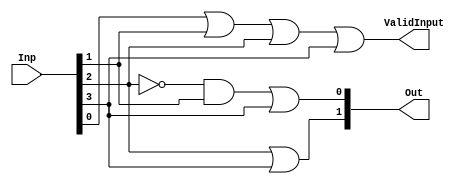
`timescale 1ns / 1ps
//////////////////////////////////////////////////////////////////////////////////
// Company: 
// Engineer: 
// 
// Design Name: 
// Module Name: top_priorityencoder
// Project Name: 
// Target Devices: 
// Tool Versions: 
// Description: 
// 
// Dependencies: 
// 
// Revision:
// Revision 0.01 - File Created
// Additional Comments:
// 
//////////////////////////////////////////////////////////////////////////////////


module top_priorityencoder(
    input [3:0] Inp,
    output [1:0] Out,
    output ValidInput
    );
    
    assign Out[1] = Inp[2] | Inp[3];
    assign Out[0] = ((~Inp[2]) & Inp[1]) | Inp[3];
    assign ValidInput = (Inp[0] | Inp[1] | Inp[2] | Inp[3]);
    
//    or G1(Out[1], Inp[2],Inp[3]);
//    or G2(Out[0], 
    
    
endmodule